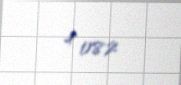
4 082